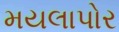
મયલાપોર